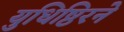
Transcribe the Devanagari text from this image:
युधिष्ठिरने